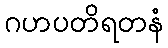
ဂဟပတိရတနံ